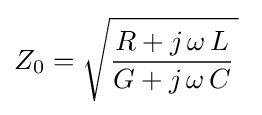
Z_{0}={\sqrt {{\frac {R+j\,\omega \,L}{G+j\,\omega \,C}}\,}}~